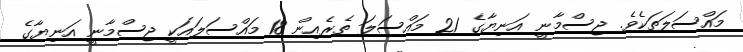
މައްސަލަތަކެވެ. ޖިސްމާނީ އަނިޔާގެ 21 މައްސަލަ ތެރެއިން 18 މައްސަލައަކީ ޖިސްމާނީ އަނިޔާގެ